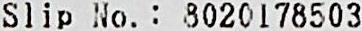
SLIO NO. : 8020178503